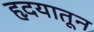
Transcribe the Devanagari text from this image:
हृदयातून